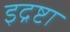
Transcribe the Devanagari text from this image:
इद्रष्टा